Vaccination in the Punjab 1867-1880 - 1867-1880
Year: 1867
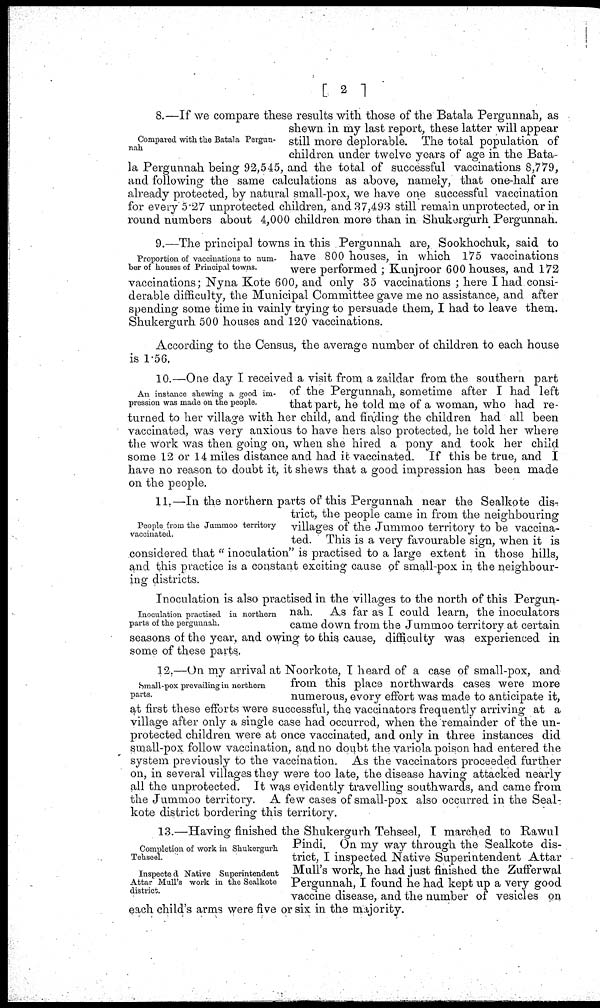
[ 2 ]
Compared with the Batala Pergun-
nah
8.—If we compare these results with those of the Batala Pergunnah, as
shewn in my last report, these latter will appear
still more deplorable. The total population of
children under twelve years of age in the Bata-
la Pergunnah being 92,545, and the total of successful vaccinations 8,779,
and following the same calculations as above, namely, that one-half are
already protected, by natural small-pox, we have one successful vaccination
for every 5.27 unprotected children, and 37,493 still remain unprotected, or in
round numbers about 4,000 children more than in Shukergurh Pergunnah.
Proportion of vaccinations to num-
ber of houses of Principal towns.
9.—The principal towns in this Pergunnah are, Sookhochuk, said to
have 800 houses, in which 175 vaccinations
were performed ; Kunjroor 600 houses, and 172
vaccinations; Nyna Kote 600, and only 35 vaccinations ; here I had consi-
derable difficulty, the Municipal Committee gave me no assistance, and after
spending some time in vainly trying to persuade them, I had to leave them.
Shukergurh 500 houses and 120 vaccinations.
According to the Census, the average number of children to each house
is 1.56,
An instance shewing a good im-
pression was made on the people.
10.—One day I received a visit from a zaildar from the southern part
of the Pergunnah, sometime after I had left
that part, he told me of a woman, who had re-
turned to her village with her child, and finding the children had all been
vaccinated, was very anxious to have hers also protected, he told her where
the work was then going on, when she hired a pony and took her child
some 12 or 14 miles distance and had it vaccinated. If this be true, and I
have no reason to doubt it, it shews that a good impression has been made
on the people.
People from the Jummoo territory
vaccinated.
11.—In the northern parts of this Pergunnah near the Sealkote dis-
trict, the people came in from the neighbouring
villages of the Jummoo territory to be vaccina-
ted. This is a very favourable sign, when it is
considered that "inoculation" is practised to a large extent in those hills,
and this practice is a constant exciting cause of small-pox in the neighbour-
ing districts.
Inoculation practised in northern
parts of the pergunnah.
Inoculation is also practised in the villages to the north of this Pergun-
nah. As far as I could learn, the inoculators
came down from the Jummoo territory at certain
seasons of the year, and owing to this cause, difficulty was experienced in
some of these parts,
Small-pox prevailing in northern
parts.
12.—On my arrival at Noorkote, I heard of a case of small-pox, and
from this place northwards cases were more
numerous, evory effort was made to anticipate it,
at first these efforts were successful, the vaccinators frequently arriving at a
village after only a single case had occurred, when the remainder of the un-
protected children were at once vaccinated, and only in three instances did
small-pox follow vaccination, and no doubt the variola poison had entered the
system previously to the vaccination. As the vaccinators proceeded further
on, in several villages they were too late, the disease having attacked nearly
all the unprotected. It was evidently travelling southwards, and came from
the Jummoo territory. A few cases of small-pox also occurred in the Seal-
kote district bordering this territory.
Completion of work in Shukergurh
Tehseel.
Inspected Native Superintendent
Attar Mull's work in the Sealkote
district.
13.—Having finished the Shukergurh Tehseel, I marched to Rawul
Pindi. On my way through the Sealkote dis-
trict, I inspected Native Superintendent Attar
Mull's work, he had just finished the Zufferwal
Pergunnah, I found he had kept up a very good
vaccine disease, and the number of vesicles on
each child's arms were five or six in the majority.